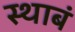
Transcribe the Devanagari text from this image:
स्थाबं